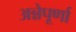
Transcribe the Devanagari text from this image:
अन्नेपूर्णा